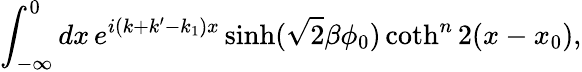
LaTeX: \int_{-\infty}^{0}dx\, e^{i(k+k^{\prime}-k_{1})x}\sinh(\sqrt{2}\beta\phi_{0})\coth^{n}2(x-x_{0}),